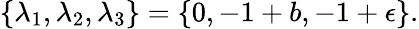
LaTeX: \{ \lambda_{1},\lambda_{2},\lambda_{3}\} =\{ 0,-1+b,-1+\epsilon\} .